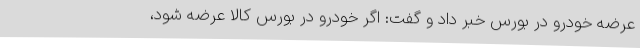
عرضه خودرو در بورس خبر داد و گفت: اگر خودرو در بورس کالا عرضه شود،